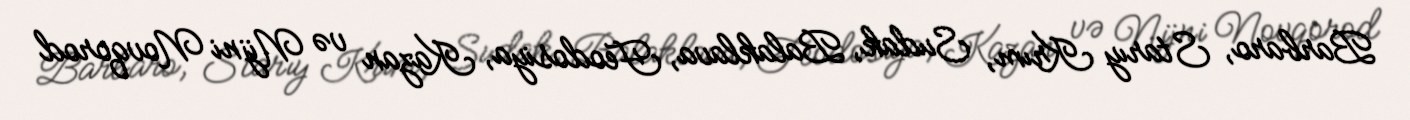
Barbaro, Starıy Krım, Sudak, Balaklava, Feodosiya, Kazan və Nijni Novqorod